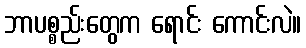
ဘာပစ္စည်းတွေက ရောင်း ကောင်းလဲ။